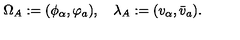
\Omega _ { A } : = ( \phi _ { \alpha } , \varphi _ { a } ) , \quad \lambda _ { A } : = ( v _ { \alpha } , \bar { v } _ { a } ) .